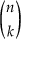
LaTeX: \binom { n } { k }